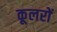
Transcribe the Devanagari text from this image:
कूलरों